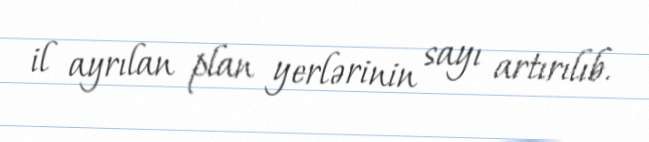
il ayrılan plan yerlərinin sayı artırılıb.